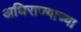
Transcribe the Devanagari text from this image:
अधिराज्याच्या